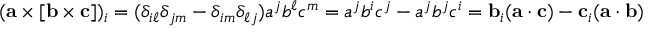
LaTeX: ( \mathbf { a } \times [ \mathbf { b } \times \mathbf { c } ] ) _ { i } = ( \delta _ { i \ell } \delta _ { j m } - \delta _ { i m } \delta _ { \ell j } ) a ^ { j } b ^ { \ell } c ^ { m } = a ^ { j } b ^ { i } c ^ { j } - a ^ { j } b ^ { j } c ^ { i } = \mathbf { b } _ { i } ( \mathbf { a } \cdot \mathbf { c } ) - \mathbf { c } _ { i } ( \mathbf { a } \cdot \mathbf { b } )